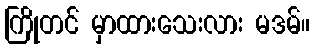
ကြိုတင် မှာထားသေးလား မဒမ်။